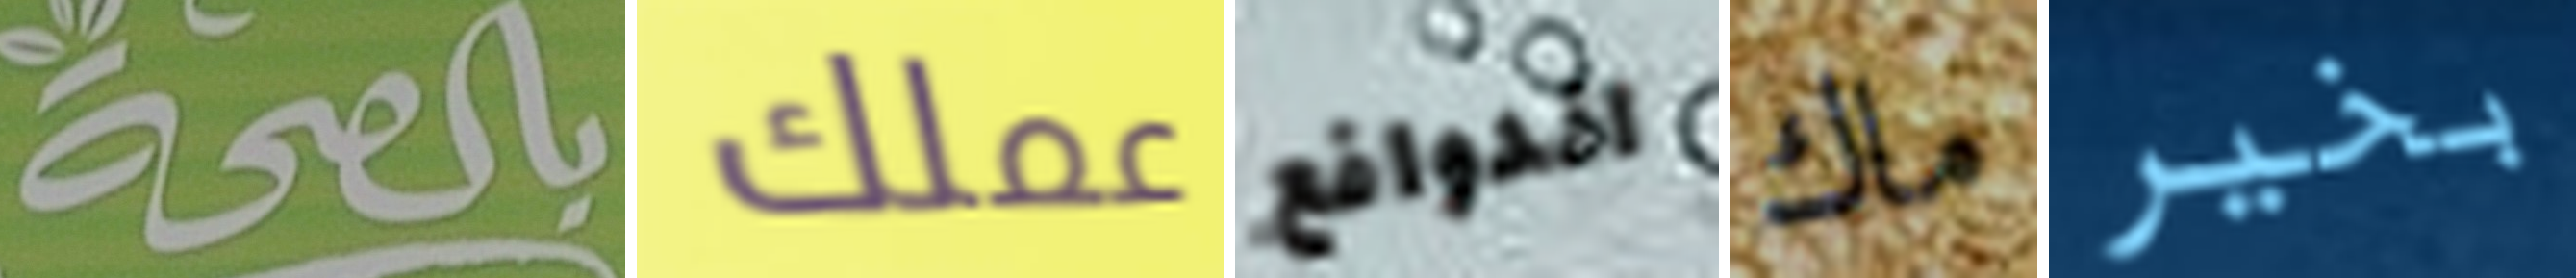
بالصحة عملك الدوافع ماك بخير